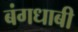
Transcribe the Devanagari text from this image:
बंगधाबी